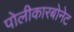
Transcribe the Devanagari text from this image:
पोलीकारबोनेट